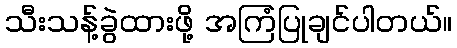
သီးသန့်ခွဲထားဖို့ အကြံပြုချင်ပါတယ်။